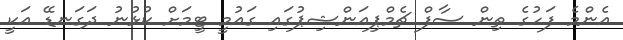
އެންމެ ފަހުގެ ތިން ސާފް ޗެމްޕިއަންޝިޕުގައި ގައުމީ ޓީމަށް ކުޅުނު ދަގަނޑޭ އަކީ